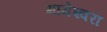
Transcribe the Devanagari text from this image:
मामेश्‍वरा